Vaccination United Provinces of Agra and Oudh 1923-1928 - 1923-1928
Year: 1923
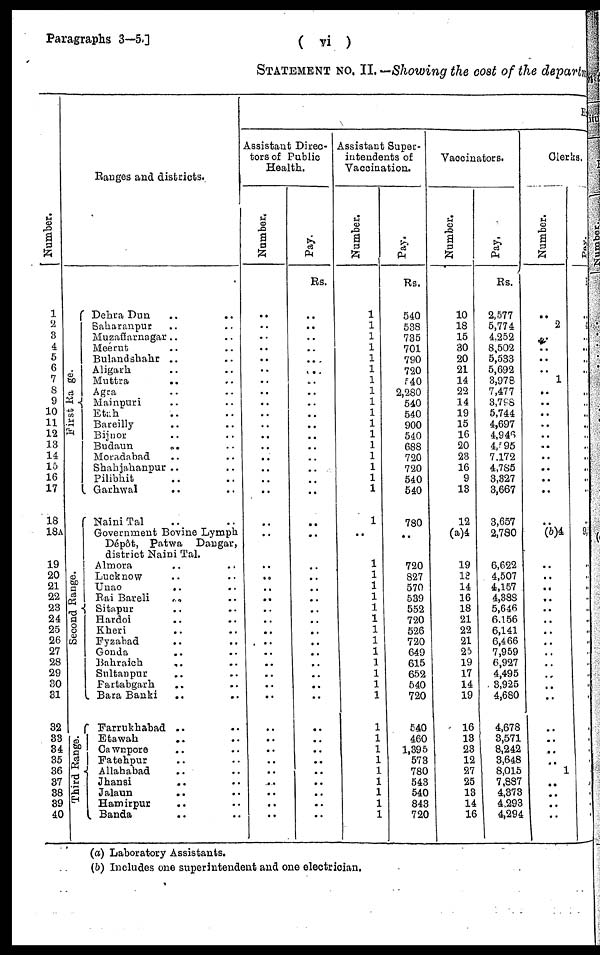
Paragraphs 3—5.]
( vi )
STATEMENT NO. II. —Showing the cost of the departm
Number.
1
2
3
4
5
6
7
8
9
10
11
12
13
14
15
16
17
18
18A
19
20
21
22
23
24
25
26
27
28
29
30
31
32
33
34
35
36
37
38
39
40
Ranges and districts.
First Range.
Second Range.
Third Range.
Dehra Dun .. ..
Saharanpur .. ..
Muzaffarnagar .. ..
Meerut .. ..
Bulandshahr .. ..
Aligarh .. ..
Muttra .. ..
Agra .. ..
Mainpuri .. ..
Etah .. ..
Bareilly .. ..
Bijnor .. ..
Budaun
.. ..
Moradabad .. ..
Shahjahanpur .. ..
Pilibhit .. ..
Garhwal .. ..
Naini Tal .. ..
Government Bovine Lymph
Dépôt, Patwa
Dangar,
district Naini Tal.
Almora
..
..
Lucknow .. ..
Unao
.. ..
Rai Bareli
.. ..
Sitapur .. ..
Hardoi
.. ..
Kheri .. ..
Fyzabad .. ..
Gonda .. ..
Bahraich
.. ..
Sultanpur .. ..
Partabgarh .. ..
Bara Banki .. ..
Farrukhabad .. ..
Etawah .. ..
Cawnpore .. ..
Fatehpur .. ..
Allahabad
.. ..
Jhansi .. ..
Jalaun .. ..
Hamirpur .. ..
Banda .. ..
E
Assistant Direc-
tors of Public
Health.
Number.
..
..
..
..
..
..
..
..
..
..
..
..
..
..
..
..
..
..
..
..
..
..
..
..
..
..
..
..
..
..
..
..
..
..
..
..
..
..
..
Pay.
Rs.
..
..
..
..
..
..
..
..
..
..
..
..
..
..
..
..
..
..
..
..
..
..
..
..
..
..
..
..
..
..
..
..
..
..
..
..
..
..
..
..
..
Assistant Super-
intendents of
Vaccination.
Number.
1
1
1
1
1
1
1
1
1
1
1
1
1
1
1
1
1
1
..
1
1
1
1
1
1
1
1
1
1
1
1
1
1
1
1
1
1
1
1
1
1
Pay.
Rs.
540
538
735
701
790
720
540
2,280
540
540
900
540
688
720
720
540
540
780
..
720
827
570
539
552
720
526
720
649
615
652
540
720
540
460
1,395
573
780
543
540
843
720
Vaccinators.
Number.
10
18
15
30
20
21
14
22
14
19
15
16
20
23
16
9
13
12
(a)4
19
13
14
16
18
21
22
21
25
19
17
14
19
16
13
23
12
27
25
13
14
16
Pay.
Rs.
2,577
5,774
4,252
8,502
5,533
5,692
3,978
7,477
3,798
5,744
4,697
4,946
4,595
7,172
4,785
3,327
3,667
3,657
2,780
6,622
4,507
4,157
4,388
5,646
6,156
6,141
6,466
7,959
6,927
4,495
3,925
4,680
4,678
3,571
8,242
3,648
8,015
7,887
4,373
4,293
4,294
Clerks.
Number.
..
2
..
..
..
..
1
..
..
..
..
..
..
..
..
..
..
(b)4
..
..
..
..
..
..
..
..
..
..
..
..
..
..
..
..
..
1
..
..
..
..
Pay.
..
..
..
..
..
..
..
..
..
..
..
..
..
..
..
..
..
..
9,5
..
..
..
..
..
..
..
..
..
..
..
..
..
..
..
..
..
..
..
..
..
..
(a) Laboratory Assistants.
(b) Includes one superintendent and one electrician.